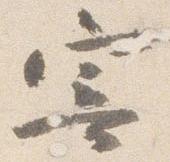
寄